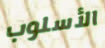
الأسلوب